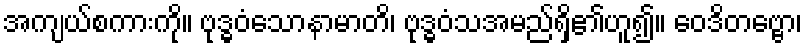
အကျယ်စကားကို။ ဗုဒ္ဓဝံသောနာမာတိ၊ ဗုဒ္ဓဝံသအမည်ရှိ၏ဟူ၍။ ဝေဒိတဗ္ဗော၊